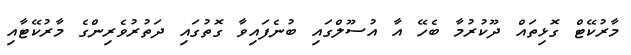
މާރުކޭޓް ގޮޅިތައް ދޫކުރުމާ ބެހޭ އާ އުސޫލްގައި ބުނެފައިވާ ގޮތުގައި ދަތުރުވެރިންގެ މާރުކޭޓާއި